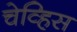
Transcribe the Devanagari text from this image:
चेव्हिस